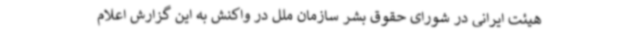
هیئت ایرانی در شورای حقوق بشر سازمان ملل در واکنش به این گزارش اعلام